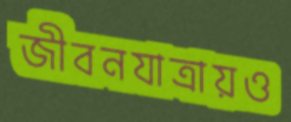
জীবনযাত্রায়ও